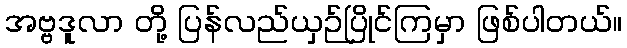
အဗ္ဗဒူလာ တို့ ပြန်လည်ယှဉ်ပြိုင်ကြမှာ ဖြစ်ပါတယ်။